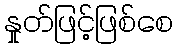
နှုတ်ဖြင့်ဖြစ်စေ